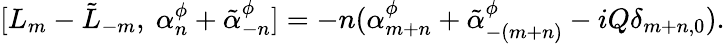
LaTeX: [L_{m}-\tilde{L}_{-m},~\alpha_{n}^{\phi}+\tilde{\alpha}_{-n}^{\phi}]=-n(\alpha_{m+n}^{\phi}+\tilde{\alpha}_{-(m+n)}^{\phi}-iQ\delta_{m+n,0}).